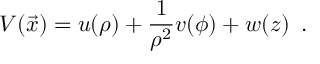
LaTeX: V ( \vec { x } ) = u ( \rho ) + { \frac { 1 } { \rho ^ { 2 } } } v ( \phi ) + w ( z ) \enspace .